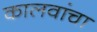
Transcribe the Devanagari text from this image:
कालवांचा